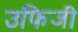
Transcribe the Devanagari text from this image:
उफिजी